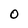
Character: 0